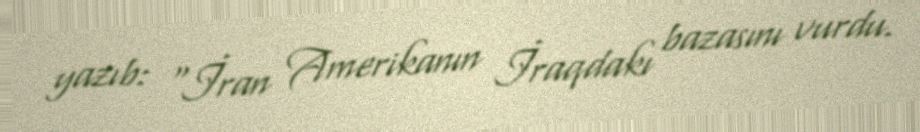
yazıb: “İran Amerikanın İraqdakı bazasını vurdu.